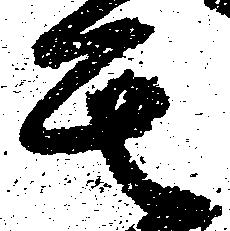
其